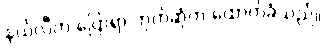
နယ်လီက ပြောရာ ဘုတ်ဆုံက ထောက်ခံသည်။